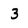
Character: 3